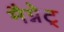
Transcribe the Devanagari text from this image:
मैग्नेट्